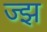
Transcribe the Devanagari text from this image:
ज्झ